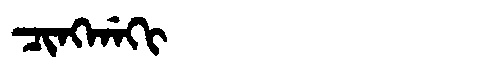
Manchu: ᠴᡳᠩᡤᠠᡴᡳ
Romanization: CINGGAKI